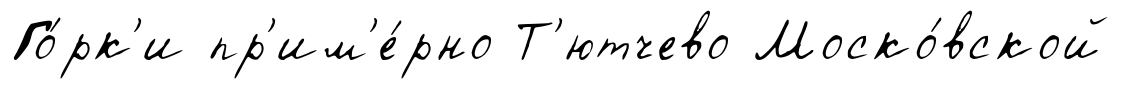
Го́рк'и пр'им'е́рно Т'ютчево Моско́вской